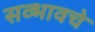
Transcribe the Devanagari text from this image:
सव्भावचे